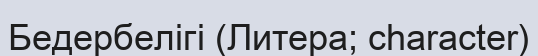
Бедербелігі (Литера; character)